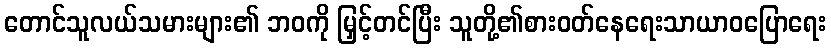
တောင်သူလယ်သမားများ၏ ဘဝကို မြှင့်တင်ပြီး သူတို့၏စားဝတ်နေရေးသာယာဝပြောရေး